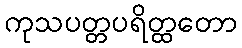
ကုသပတ္တပရိတ္ထတော